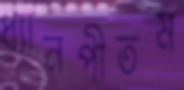
ধ্যানপীতম